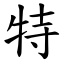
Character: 特